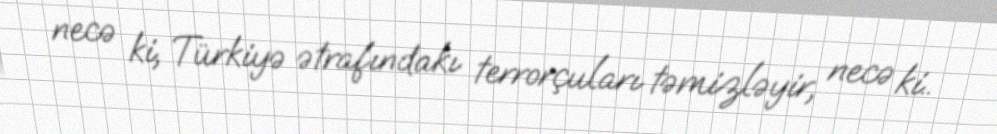
necə ki, Türkiyə ətrafındakı terrorçuları təmizləyir, necə ki..